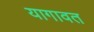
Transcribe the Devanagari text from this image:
यागावत